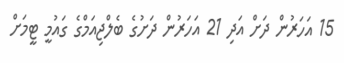
15 އަހަރުން ދަށް އަދި 21 އަހަރުން ދަށުގެ ބެލްޖިއަމްގެ ގައުމީ ޓީމަށް